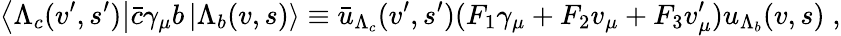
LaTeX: \left\langle\Lambda_{c}(v^{\prime},s^{\prime})\right\vert\bar{c}\gamma_{\mu}b\left\vert\Lambda_{b}(v,s)\right\rangle\equiv\bar{u}_{\Lambda_{c}}(v^{\prime},s^{\prime})(F_{1}\gamma_{\mu}+F_{2}v_{\mu}+F_{3}v_{\mu}^{\prime})u_{\Lambda_{b}}(v,s)\; ,